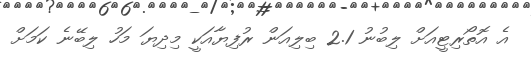
އެ އޮތޯރިޓީއަށް ލިބުނު 2.1 ބިލިއަން ރުފިޔާއަކީ މިދިޔަ މަހު ލިބޭނެ ކަމަށް